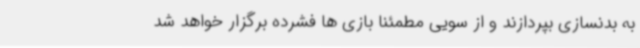
به بدنسازی بپردازند و از سویی مطمئنا بازی ها فشرده برگزار خواهد شد